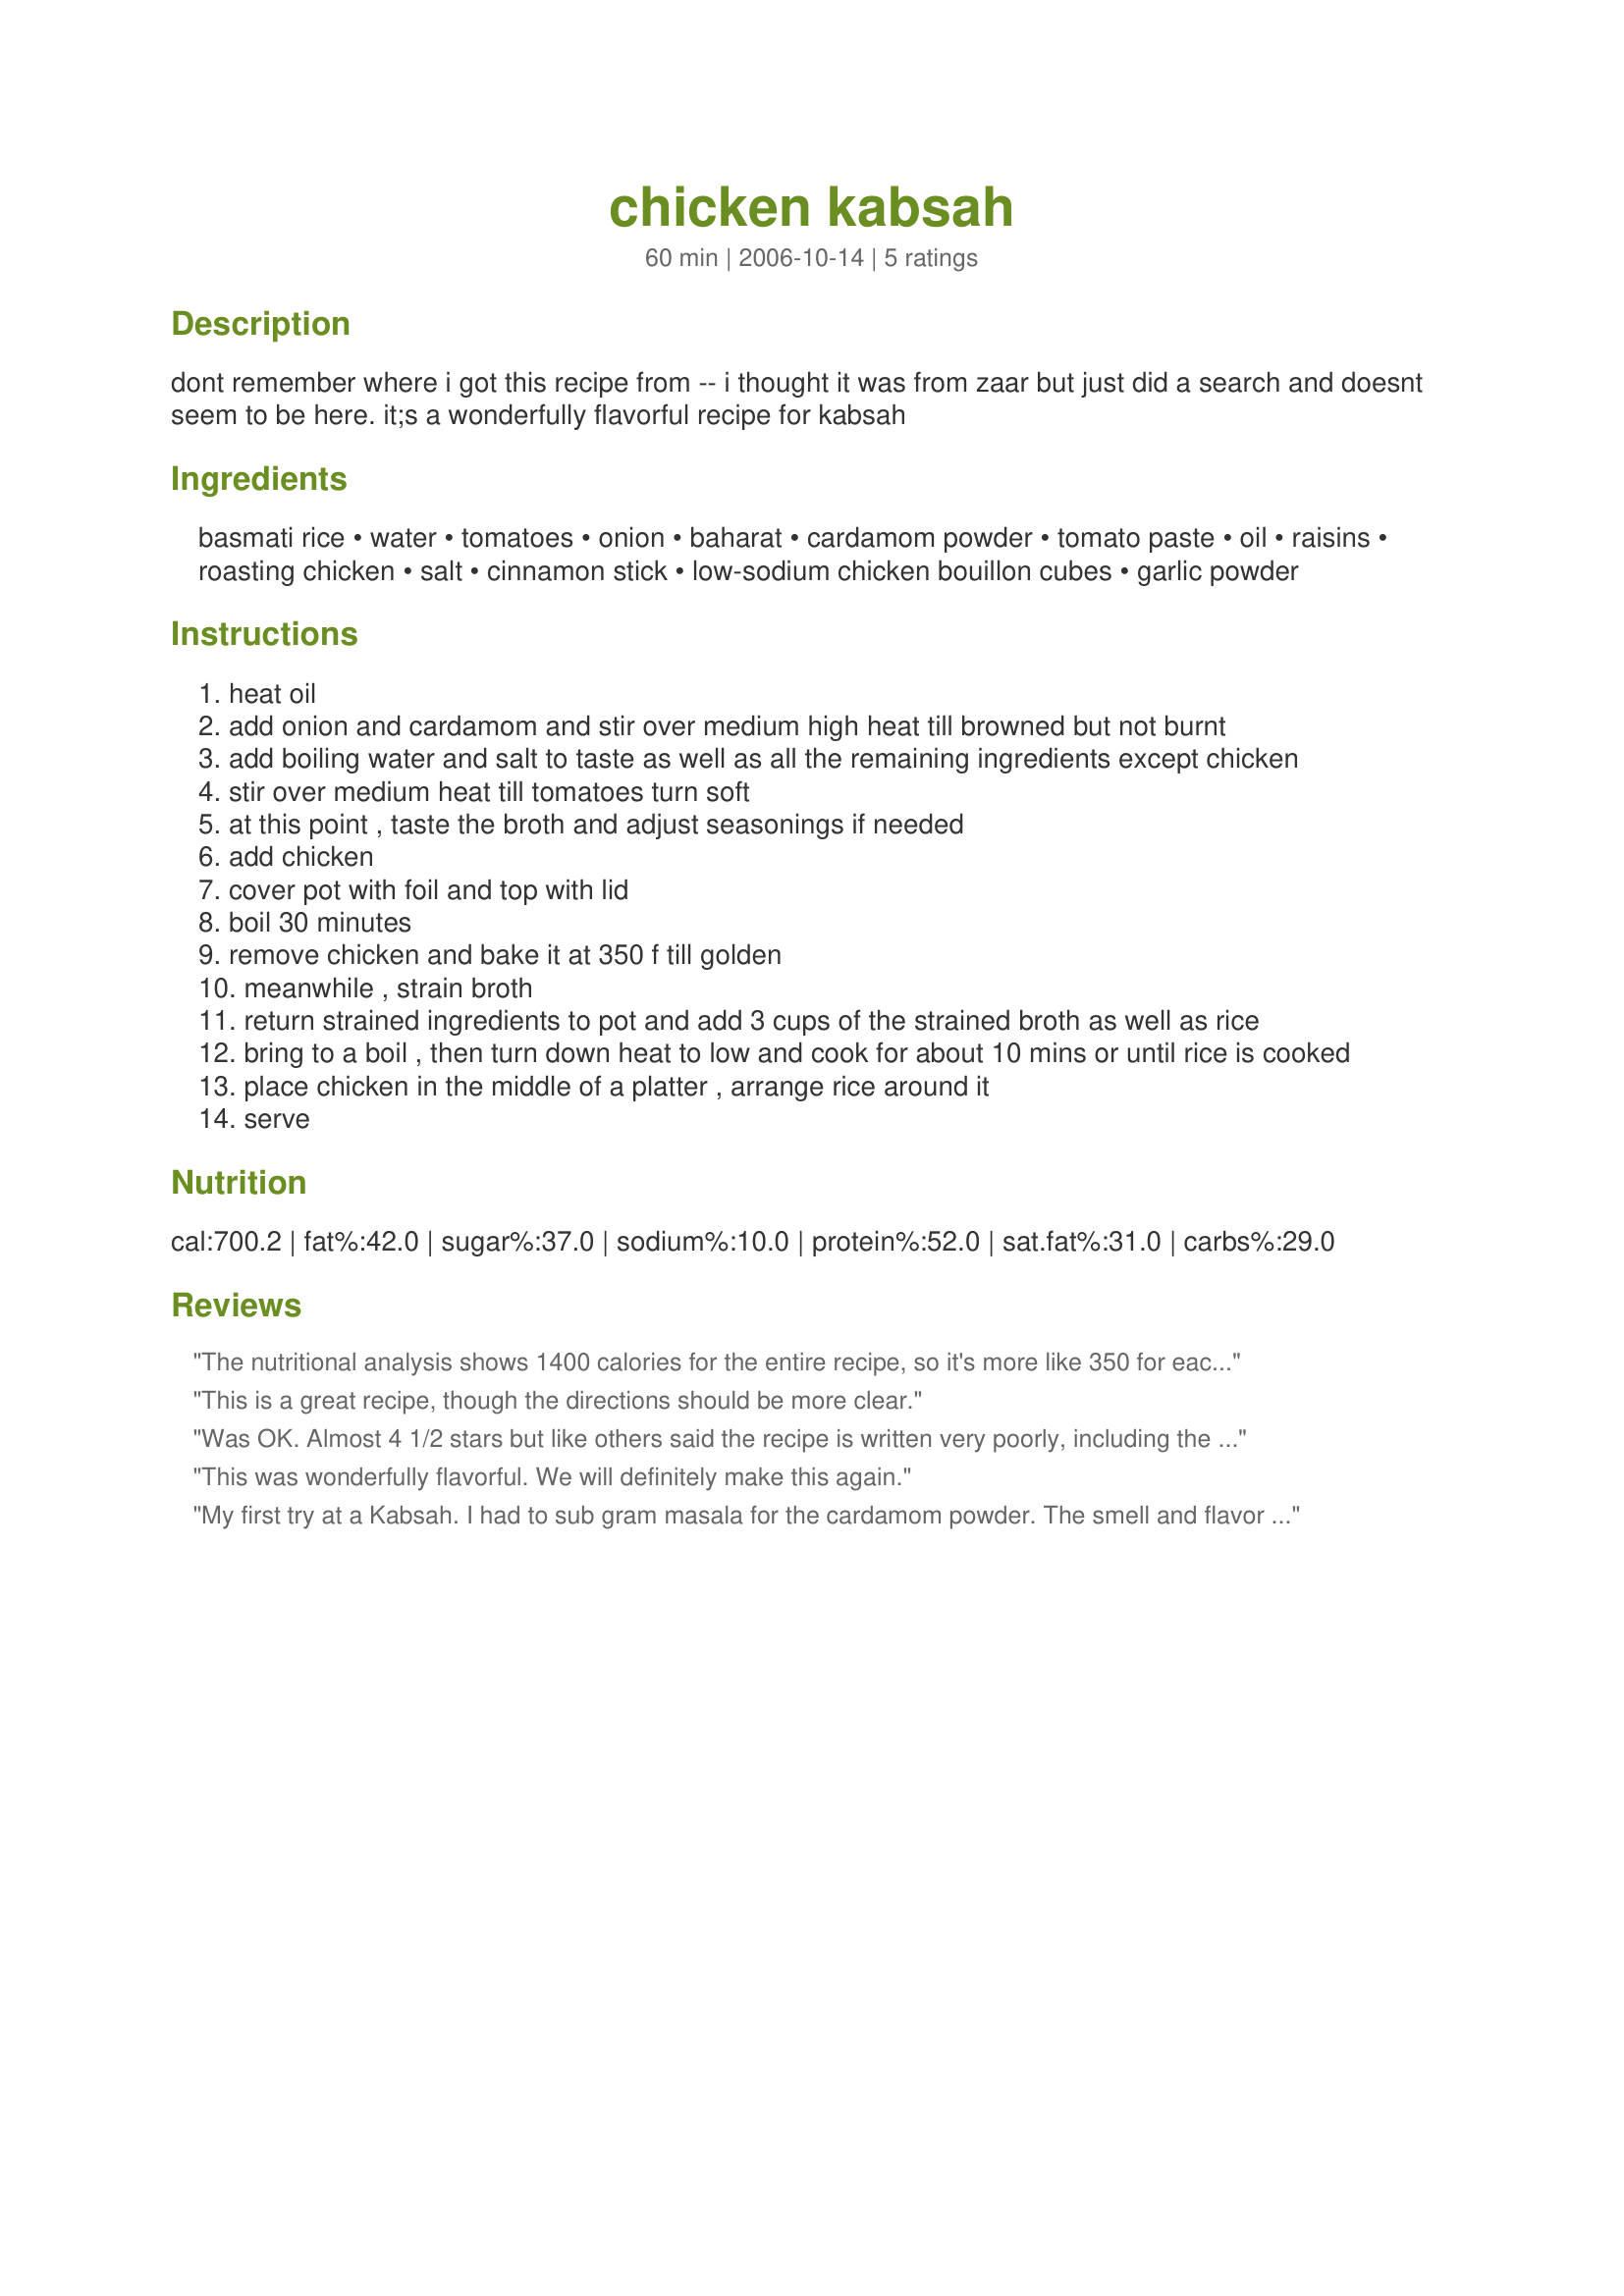
chicken kabsah
Preparation time: 60 minutes

dont remember where i got this recipe from -- i thought it was from zaar but just did a search and doesnt seem to be here.
it;s a wonderfully flavorful recipe for kabsah

Ingredients:
basmati rice, water, tomatoes, onion, baharat, cardamom powder, tomato paste, oil, raisins, roasting chicken, salt, cinnamon stick, low-sodium chicken bouillon cubes, garlic powder

Steps:
heat oil
add onion and cardamom and stir over medium high heat till browned but not burnt
add boiling water and salt to taste as well as all the remaining ingredients except chicken
stir over medium heat till tomatoes turn soft
at this point , taste the broth and adjust seasonings if needed
add chicken
cover pot with foil and top with lid
boil 30 minutes
remove chicken and bake it at 350 f till golden
meanwhile , strain broth
return strained ingredients to pot and add 3 cups of the strained broth as well as rice
bring to a boil , then turn down heat to low and cook for about 10 mins or until rice is cooked
place chicken in the middle of a platter , arrange rice around it
serve

Reviews:
The nutritional analysis shows 1400 calories for the entire recipe, so it's more like 350 for each of 4 servings or 466 for each of 3.

It's a low-fat dish esp if you take off the chicken skin. 

Think it needs at least 2 c rice (thus 4 c liquid). The way it's served in the Middle East, the chicken is nestled in a mountain of rice. 

A preheated serving platter will keep the rice hot.

Yum.
This is a great recipe, though the directions should be more clear.
Was OK. Almost 4 1/2 stars but like others said the recipe is written very poorly, including the ingredients being listed in no particular order which made reading the recipe take a lot longer. I did not find it worth it for the amount of cooking time to use fresh tomatoes though I did. I prefer the raisins not cooked in the broth so I put less in the liquid which verified this to me. I used my own homemade chicken stock rather than the low-sodium chicken bullion cubes. I added 2 chopped cloves of fresh garlic to the onions near the end of cooking time. I also cooked another small onion with a couple dashes of salt and near the end of cooking time added a small handful of pine nuts to them and a tsp white sugar and served this on top of the chicken and rice. I don't think I will make this again.
This was wonderfully flavorful. We will definitely make this again.
My first try at a Kabsah. I had to sub gram masala for the cardamom powder. The smell and flavor were amazing. I'll be doing this one again!
